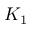
K _ { 1 }